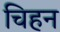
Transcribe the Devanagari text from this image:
चिहन